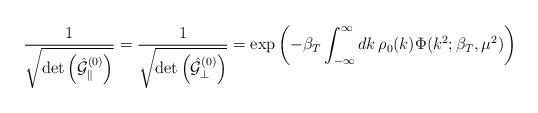
\begin{align*}\frac{1}{\sqrt{\det\left(\hat{{\cal G}}_{\parallel}^{(0)}\right)}}=\frac{1}{\sqrt{\det\left(\hat{{\cal G}}_{\perp}^{(0)}\right)}}=\exp\left(-\beta_T\int_{-\infty}^{\infty}dk\,\rho_0(k)\Phi(k^2;\beta_T,\mu^2)\right)\end{align*}